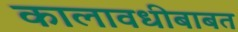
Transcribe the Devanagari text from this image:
कालावधीबाबत